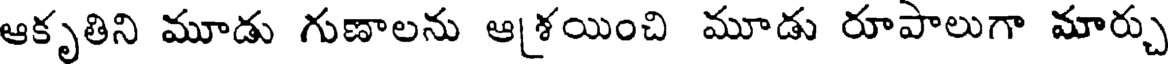
ఆకృతిని మూడు గుణాలను ఆశయించి మూడు రూపాలుగా మార్చు